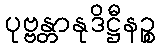
ပုဗ္ဗန္တာနုဒိဋ္ဌီနဉ္စ